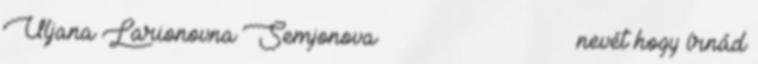
Uļjana Larionovna Semjonova Ульяна Ларионовна Семёнова nevét hogy írnád